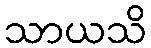
သာယသိ